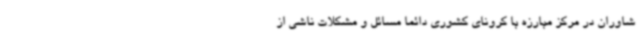
شاوران در مرکز مبارزه با کرونای کشوری دائما مسائل و مشکلات ناشی از